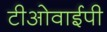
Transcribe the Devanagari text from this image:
टीओवाईपी